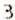
3